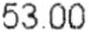
53.00